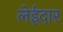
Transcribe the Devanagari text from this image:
लेईदार